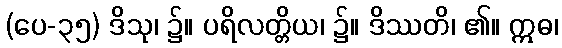
(ပေ-၃၅) ဒိသု၊ ၌။ ပရိလတ္တိယ၊ ၌။ ဒိဿတိ၊ ၏။ ဣဓ၊